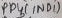
Text: PD4 (IND1)